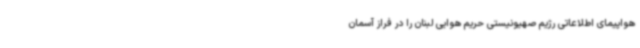
هواپیمای اطلاعاتی رژیم صهیونیستی حریم هوایی لبنان را در فراز آسمان